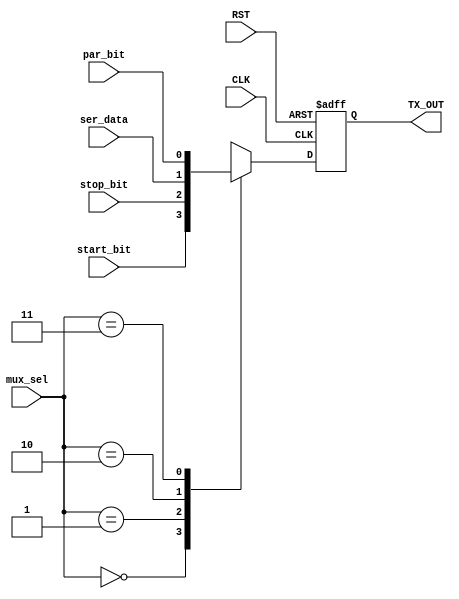
/********************************************************************************************/
/********************************************************************************************/
/**************************		Author: Alyaa Mohamed      **********************************/
/**************************		Module: MUX	               **********************************/
/********************************************************************************************/
/********************************************************************************************/
module MUX
(
    input   wire                ser_data                ,
    input   wire    [1:0]       mux_sel                 ,
    input   wire                start_bit               ,
    input   wire                stop_bit                ,
    input   wire                par_bit                 ,
    input   wire                CLK                     ,
    input   wire                RST                     ,

    output  reg                 TX_OUT      
);

/********************************************************************************************/
/********************************************************************************************/

    always@(posedge CLK or negedge RST)
    
        begin
        
            if(!RST)
                
                TX_OUT <= 1'd1				            ;
                
            else
                begin

                    case(mux_sel)
                    
                        2'b00:   TX_OUT <= start_bit    ;
                        2'b01:   TX_OUT <= stop_bit     ;
                        2'b10:   TX_OUT <= ser_data     ;
                        2'b11:   TX_OUT <= par_bit      ;
                        default: TX_OUT <= 1'd1		    ;
                    
                    endcase
            
                end
        
        end

endmodule